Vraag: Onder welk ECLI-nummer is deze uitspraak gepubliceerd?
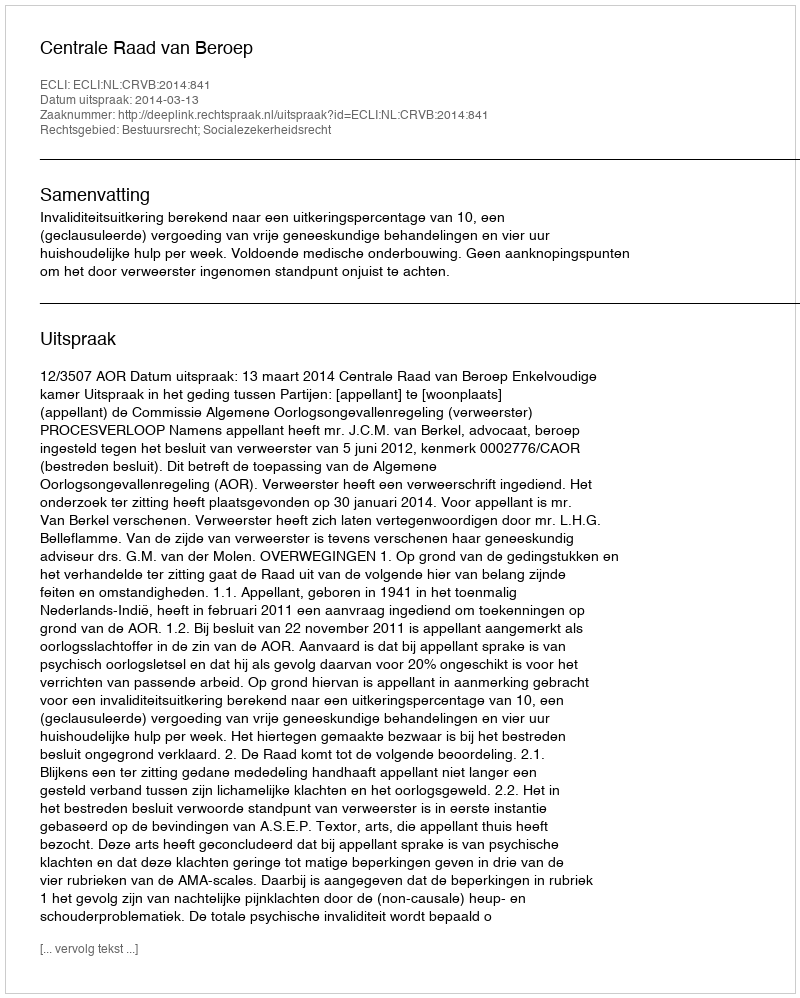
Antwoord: ECLI:NL:CRVB:2014:841